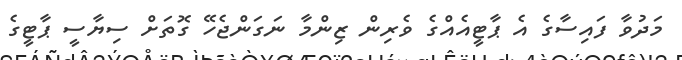
މަދުވާ ފައިސާގެ އެ ޕާޓީއެއްގެ ވެރިން ޒިންމާ ނަގަންޖެހޭ ގޮތަށް ސިޔާސީ ޕާޓީގެ